system: You are a helpful assistant.
user:
Analyze the provided spectrum to determine if it is a **Carbon Star (C-type)**.

- **Key Visual Indicators of Carbon Star:**
    - **(Primary):** Strong molecular absorption from **C₂ (diatomic carbon) "Swan Bands."** This is the **defining feature** of a carbon star.
        - **(Key Bandheads):** Sharp absorption edges are visible at approximately $5635$ Å, $5165$ Å (the strongest band), and $4737$ Å.
        - **(Line Profile):** Creates a distinct **"saw-tooth"** pattern. The key morphology is a sharp, steep bandhead on the **red (long-wavelength) side**, which then gradually tapers off (i.e., flux recovers) towards the **blue (short-wavelength) side**. *(This is the direct opposite of the TiO bands seen in M-type stars)*.

    - **(Secondary):** Intense **CN (cyanogen)** molecular absorption bands.
        - **(Key Bandheads):** Located in the blue and violet regions of the spectrum (e.g., near $4215$ Å and $3883$ Å).
        - **(Morphology):** These bands are extremely broad and act as a "blanket," absorbing the vast majority of blue and violet light. This creates a characteristic **"cliff"** or **"steep drop-off"** in the spectrum's flux at short wavelengths.

    - **(Key Confirmation):** Strong **CH absorption band (G-band)**.
        - **(Key Bandhead):** Located around $4300$ Å. The contribution from CH molecules to this band is exceptionally strong.

    - **(Overall Spectrum):**
        - The continuum is severely "chopped up" by these deep molecular bands, especially C₂, rather than appearing as a smooth curve.
        - Due to the heavy CN and C₂ absorption in the blue-green, the vast majority of the star's flux is concentrated in the red part of the spectrum, giving the star its characteristic deep red color.

Think first, call **spectral_visualization_tool** if needed to examine features in detail, then provide your final answer. Your response must adhere to the following strict rules:
1.  **Overall Structure:** Your response must follow the format `<think>...</think> <tool_call>...</tool_call> (if a tool is used) <answer>...</answer>`.
2.  **Tool Usage Constraint:** You may only make **one** tool call per turn.
3.  **Final Answer Format:** In the `<answer>` tag, your conclusion must be inside a `\boxed{}` command (e.g., `\boxed{YES}`), followed by your justification.

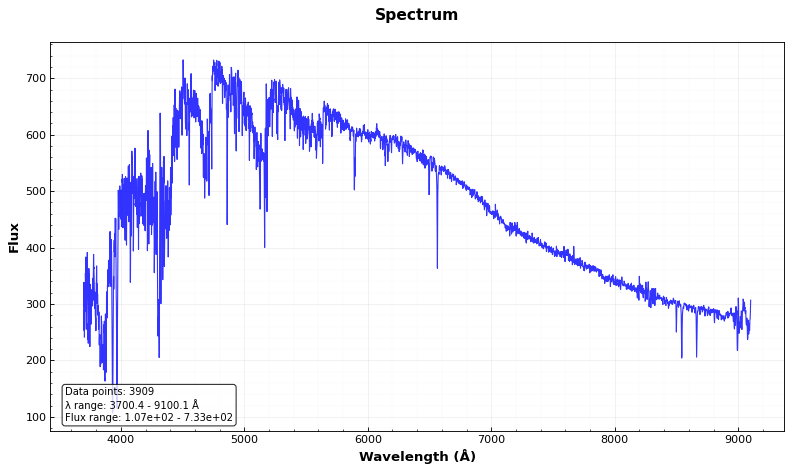
Answer: YES